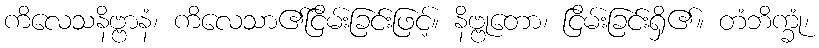
ကိလေသနိဗ္ဗာနံ၊ ကိလေသာ၏ငြိမ်းခြင်းဖြင့်။ နိဗ္ဗုတော၊ ငြိမ်းခြင်းရှိ၏။ တံဘိက္ခုံ၊